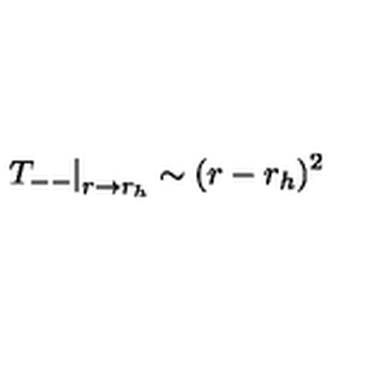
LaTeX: \left. T _ { -- } \right| _ { r \rightarrow r _ { h } } \sim ( r - r _ { h } ) ^ { 2 }